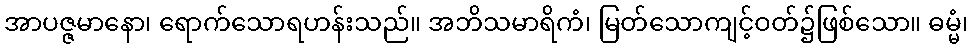
အာပဇ္ဇမာနော၊ ရောက်သောရဟန်းသည်။ အဘိသမာရိကံ၊ မြတ်သောကျင့်ဝတ်၌ဖြစ်သော။ ဓမ္မံ၊